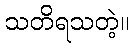
သတိရသတဲ့။